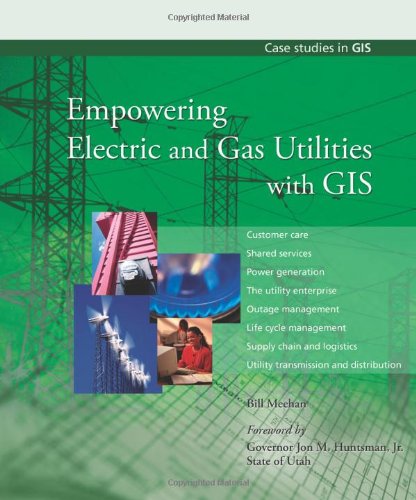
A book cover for Empowering Electric and Gas Utilities with GIS (Case Studies in GIS); Bill Meehan; Computers & Technology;